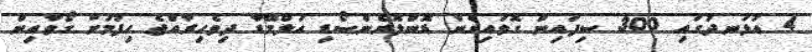
4 އުޅަނދުގައި 300 ސިފައިން ގޮވައިގެން ޑޮންލޮރެންސޯޑި އަލްމޭޑާ ދިވެހިރާއްޖެ ހިފުމަށް ގޯވާއިން